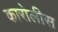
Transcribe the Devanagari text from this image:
कारोलीस